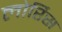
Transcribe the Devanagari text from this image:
लोर्रिस